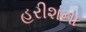
હરીશના